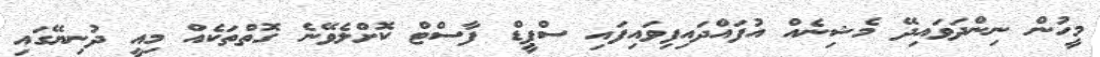
މީހުން ނިންދަވައިދޭ މެޝިނެއް އުފައްދައިފިވައިފައި ސްޕީޑް ފާސްޓް ކޮށްލެވޭނެ ގޮތްތަކެއް މިއީ ދުނިޔޭގައި